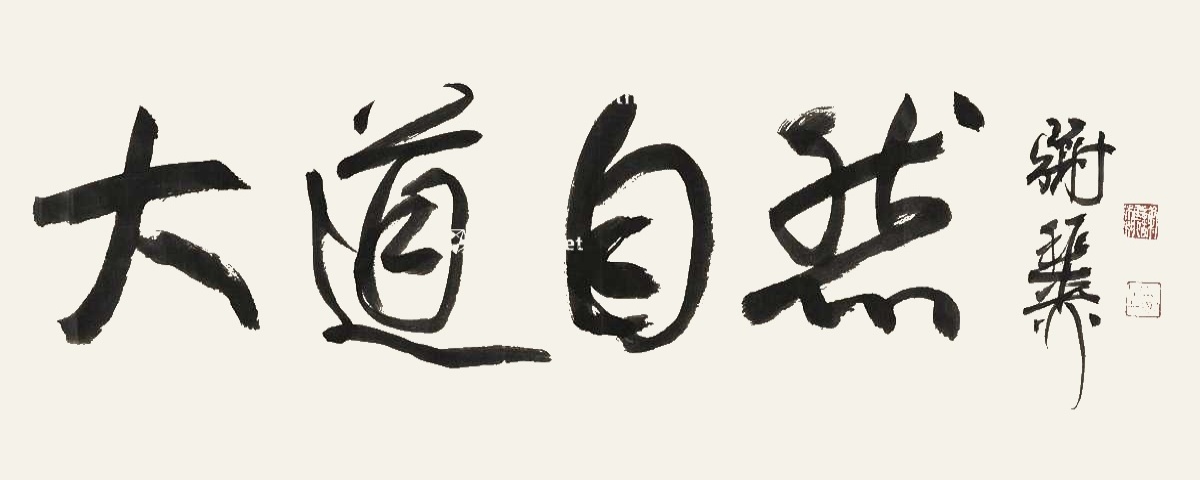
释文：大道自然谢稚柳